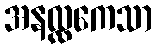
အနလ္လကေသာ